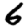
Digit: 6